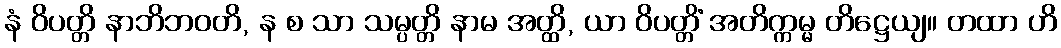
နံ ဝိပတ္တိ နာဘိဘဝတိ, န စ သာ သမ္ပတ္တိ နာမ အတ္ထိ, ယာ ဝိပတ္တိံ အတိက္ကမ္မ တိဋ္ဌေယျ။ တထာ ဟိ